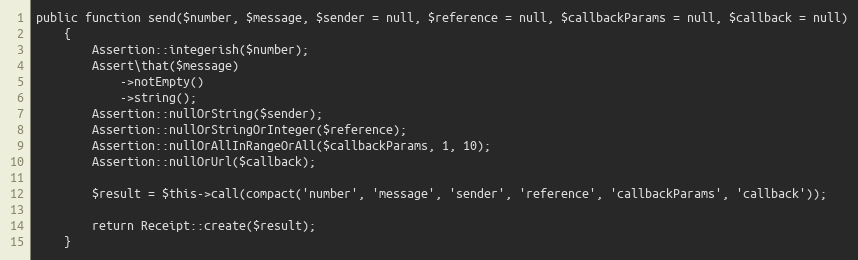
Language: PHP
public function send($number, $message, $sender = null, $reference = null, $callbackParams = null, $callback = null)
    {
        Assertion::integerish($number);
        Assert\that($message)
            ->notEmpty()
            ->string();
        Assertion::nullOrString($sender);
        Assertion::nullOrStringOrInteger($reference);
        Assertion::nullOrAllInRangeOrAll($callbackParams, 1, 10);
        Assertion::nullOrUrl($callback);

        $result = $this->call(compact('number', 'message', 'sender', 'reference', 'callbackParams', 'callback'));

        return Receipt::create($result);
    }